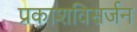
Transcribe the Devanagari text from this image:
प्रकाशविसर्जन